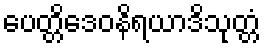
ပေတ္တိဒေဝနိရယာဒိသုတ္တံ